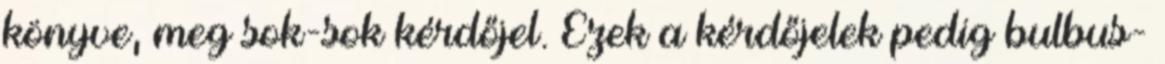
könyve, meg sok-sok kérdőjel. Ezek a kérdőjelek pedig bulbus-